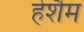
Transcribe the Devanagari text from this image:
हेशैम